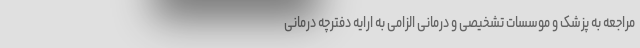
مراجعه به پزشک و موسسات تشخیصی و درمانی الزامی به ارایه دفترچه درمانی